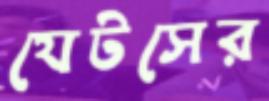
যেটসের